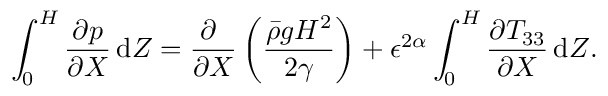
\int _ { 0 } ^ { H } \frac { \partial p } { \partial X } \, \mathrm { d } Z = \frac { \partial ~ } { \partial X } \left( \frac { \bar { \rho } g H ^ { 2 } } { 2 \gamma } \right) + \epsilon ^ { 2 \alpha } \int _ { 0 } ^ { H } \frac { \partial T _ { 3 3 } } { \partial X } \, \mathrm { d } Z .